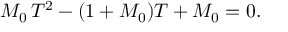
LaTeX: M _ { 0 } \, T ^ { 2 } - ( 1 + M _ { 0 } ) T + M _ { 0 } = 0 .